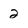
Character: 2